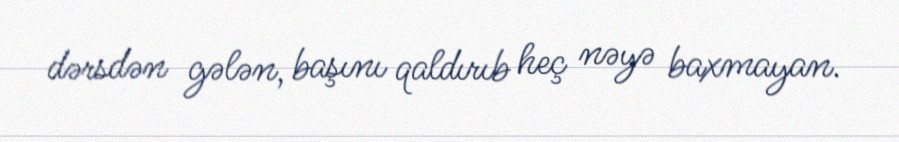
dərsdən gələn, başını qaldırıb heç nəyə baxmayan.